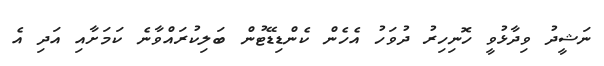
ނަޝީދު ވިދާޅުވީ ހޮނިހިރު ދުވަހު އެހެން ކެންޑިޑޭޓުން ބަލިކުރައްވާނެ ކަމަށާއި އަދި އެ